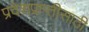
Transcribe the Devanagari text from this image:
प्रदेशप्राप्तीसाठी